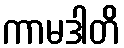
ကာမဒါတိ